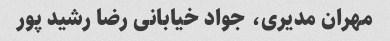
مهران مدیری، جواد خیابانی رضا رشید پور